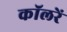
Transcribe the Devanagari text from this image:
कॉलरें